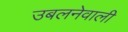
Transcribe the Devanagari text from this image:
उबलनेवाली